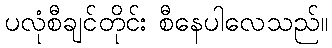
ပလုံစီချင်တိုင်း စီနေပါလေသည်။